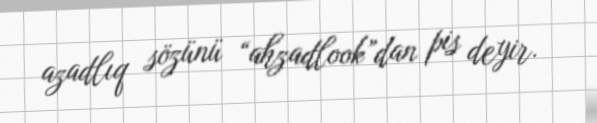
azadlıq sözünü “ahzadlook”dan pis deyir.